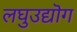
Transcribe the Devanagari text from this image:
लघुउद्यॊग